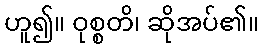
ဟူ၍။ ဝုစ္စတိ၊ ဆိုအပ်၏။